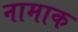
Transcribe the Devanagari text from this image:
नामाक